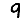
Digit: 9